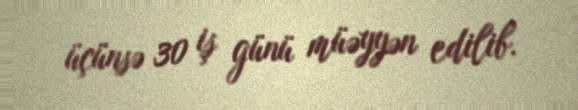
üçünsə 30 iş günü müəyyən edilib.